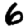
Digit: 6